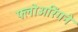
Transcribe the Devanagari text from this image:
फ्लोअरिंगने